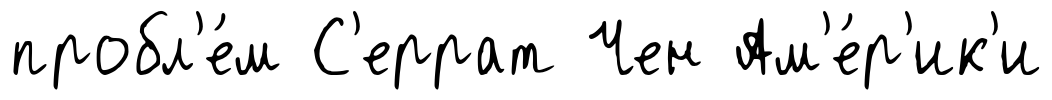
пробл'е́м С'еррат Чен Ам'е́р'ик'и